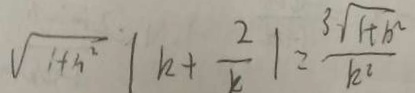
\sqrt { 1 + n ^ { 2 } } \vert k + \frac { 2 } { k } \vert = \frac { 3 \sqrt { 1 + b ^ { 2 } } } { k ^ { 2 } }